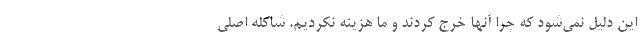
این دلیل نمی‌شود که چرا آنها خرج کردند و ما هزینه نکردیم. شاکله اصلی